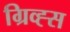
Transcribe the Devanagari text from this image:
ग्रिव्ह्स